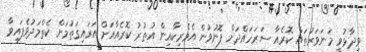
ވިދާޅުވީ މަނަވަރުތައް ކޮރެއާ ސަރަހައްދަށް ފޮނުވުން އެމެރިކާއިން އުތުރު ކޮރެއާއަށް އަރައިގަތުމަށް ކެތްމަދުވެފައިވާ